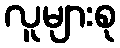
လူများစု